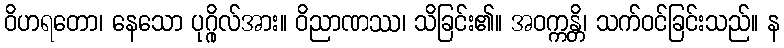
ဝိဟရတော၊ နေသော ပုဂ္ဂိုလ်အား။ ဝိညာဏဿ၊ သိခြင်း၏။ အဝက္ကန္တိ၊ သက်ဝင်ခြင်းသည်။ န